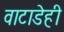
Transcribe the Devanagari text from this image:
वाटाडेही